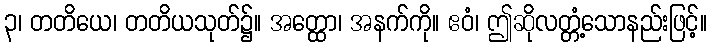
၃၊ တတိယေ၊ တတိယသုတ်၌။ အတ္ထော၊ အနက်ကို။ ဧဝံ၊ ဤဆိုလတ္တံ့သောနည်းဖြင့်။